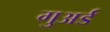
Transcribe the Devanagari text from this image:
गुअर्ड